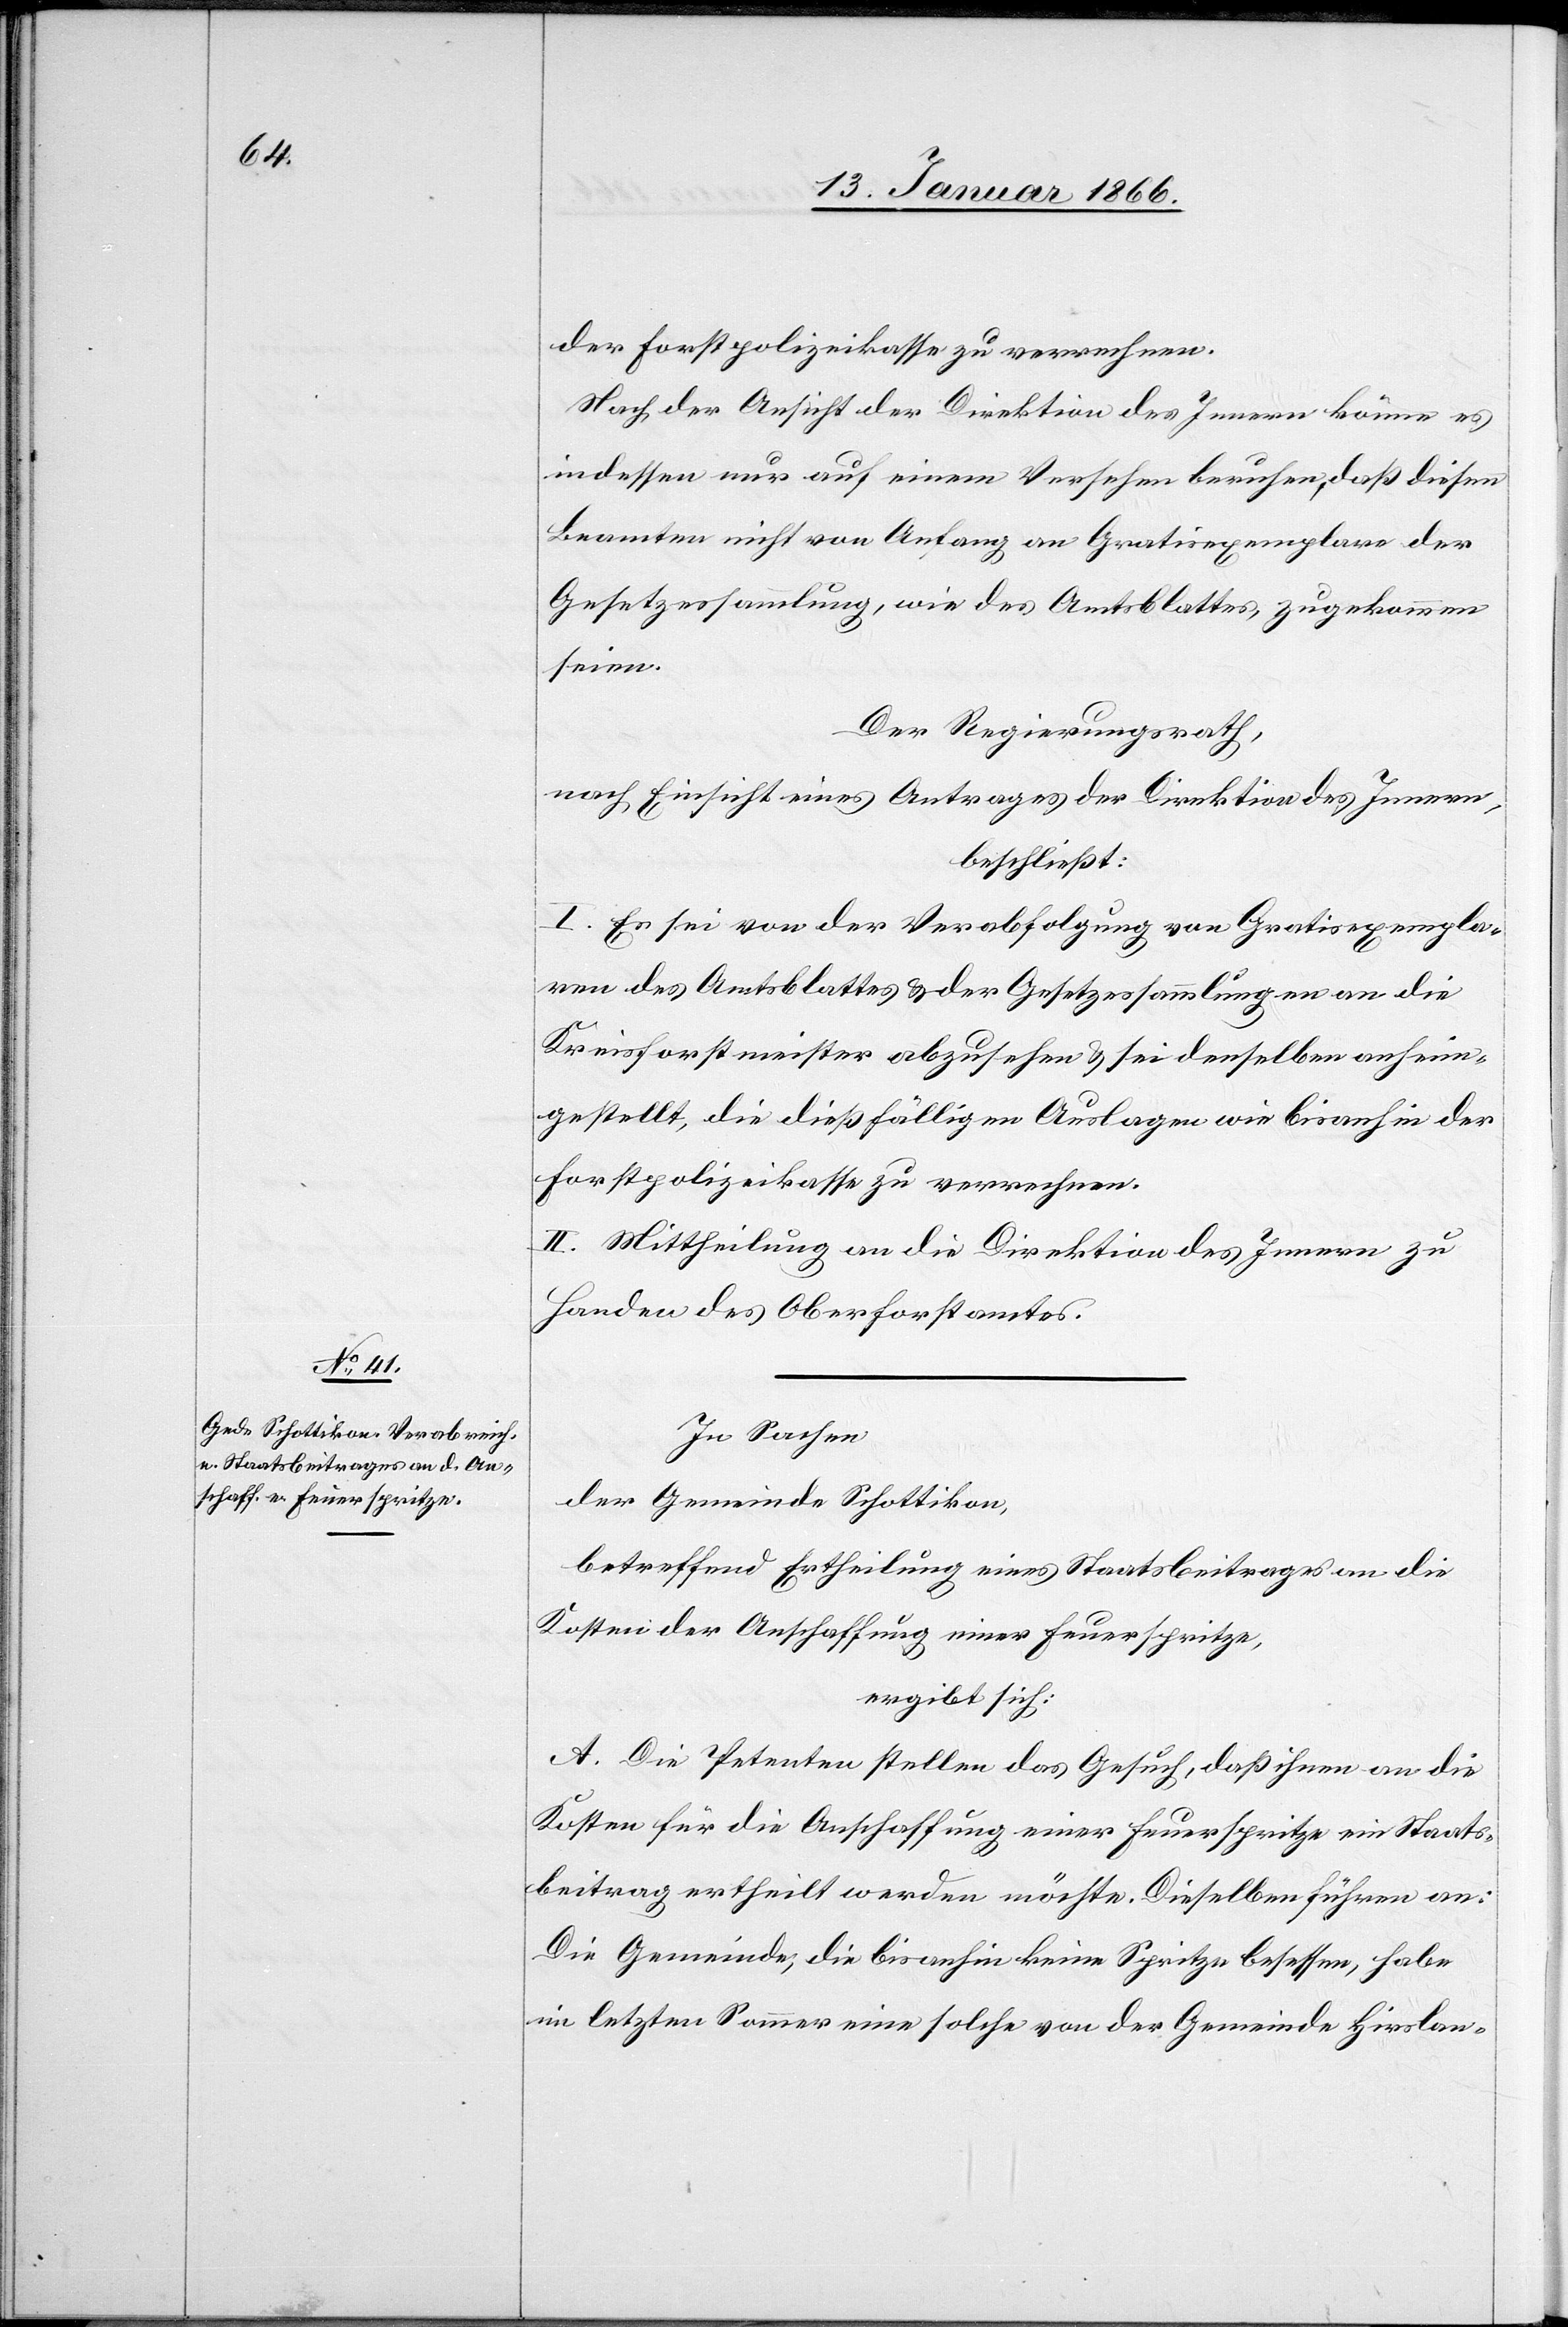
der Forstpolizeikasse zu verrechnen.
Nach der Ansicht der Direktion des Innern könne es
indessen nur auf einem Versehen beruhen, daß diesen
Beamten nicht von Anfang an Gratisexemplare der
Gesetzessammlung, wie des Amtsblattes zugekommen
seien.
Der Regierungsrath,
nach Einsicht eines Antrages der Direktion des Innern,
beschließt:
I. Es sei von der Verabfolgung von Gratisexempla¬
ren des Amtsblattes u. der Gesetzessammlungen an die
Kreisforstmeister abzusehen u. sei denselben anheim¬
gestellt, die dießfälligen Auslagen wie bisanhin der
Forstpolizeikasse zu verrechnen.
II. Mittheilung an die Direktion des Innern zu
Handen des Oberforstamtes.
In Sachen
der Gemeinde Schottikon,
betreffend Ertheilung eines Staatsbeitrages an die
Kosten der Anschaffung einer Feuerspritze,
ergibt sich:
A. Die Petenten stellen das Gesuch, daß ihnen an die
Kosten für die Anschaffung einer Feuerspritze ein Staats¬
beitrag ertheilt werden möchte. Dieselben führen an:
Die Gemeinde, die bisanhin keine Spritze besessen, habe
im letzten Sommer eine solche von der Gemeinde Hirslan-